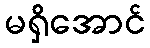
မရှိအောင်